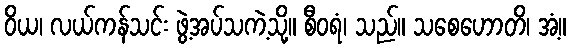
ဝိယ၊ လယ်ကန်သင်း ဖွဲ့အပ်သကဲ့သို့။ စီဝရံ၊ သည်။ သစေဟောတိ၊ အံ့။